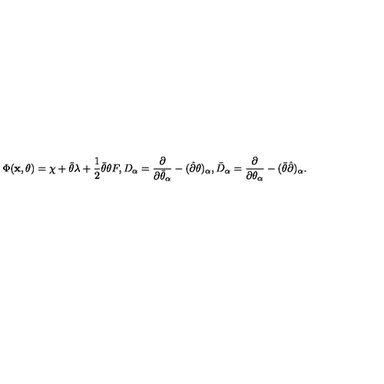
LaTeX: \Phi ( { \bf x } , \theta ) = \chi + \bar { \theta } \lambda + \frac 1 2 \bar { \theta } \theta F , D _ { \alpha } = \frac { \partial } { \partial \bar { \theta } _ { \alpha } } - ( \hat { \partial } \theta ) _ { \alpha } , \bar { D } _ { \alpha } = \frac { \partial } { \partial \theta _ { \alpha } } - ( \bar { \theta } \hat { \partial } ) _ { \alpha } .